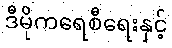
ဒီမိုကရေစီရေးနှင့်